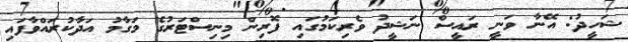
ޝަހީދު: އޭނާ ވަނީ ރައީސް ނަޝީދު ވެރިކަމުގައި ފޮރިން މިނިސްޓަރުގެ މަގާމު އަދާކުރައްވާފައި